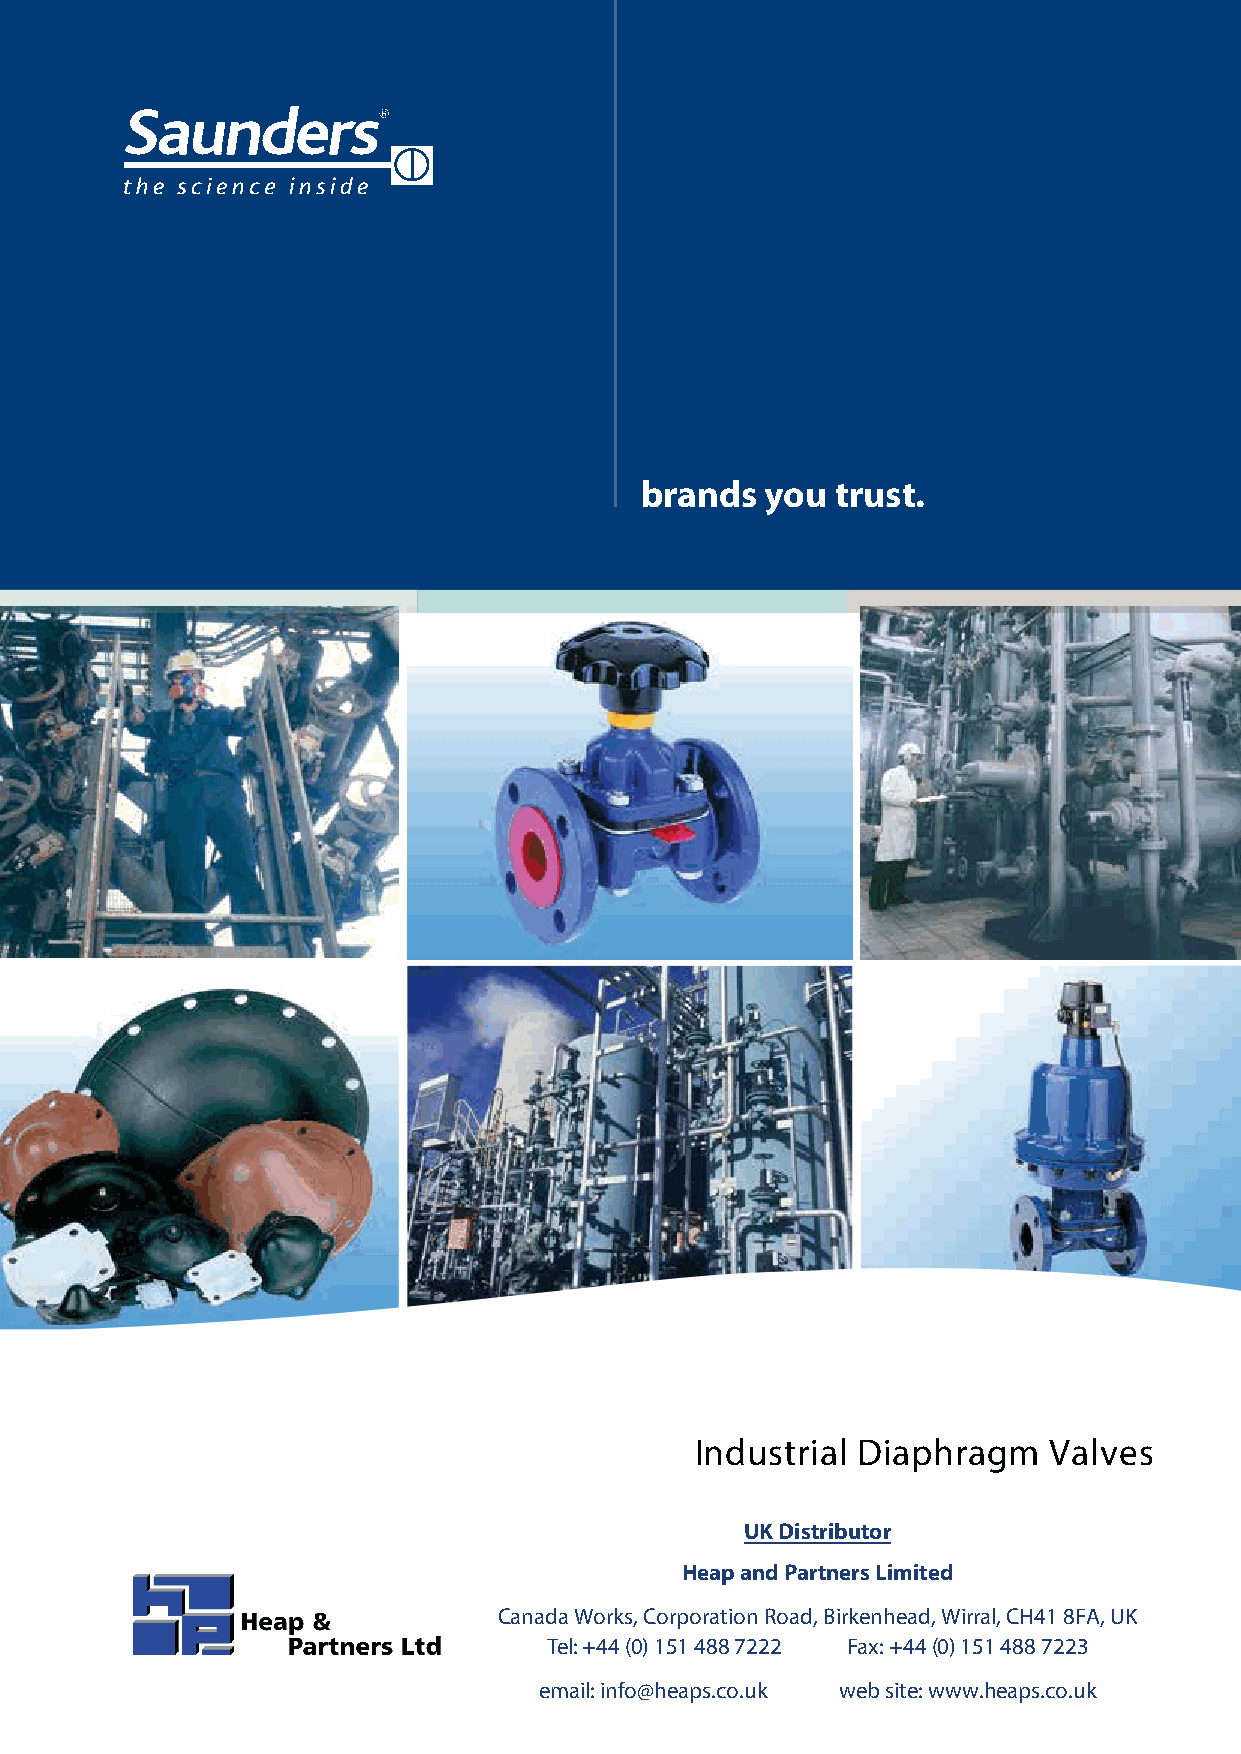
brands   you trust.
 Industrial Diaphragm   Valves
 UK Distributor
 Heap and Partners Limited
 Canada Works, Corporation Road, Birkenhead, Wirral, CH41 8FA, UK
 Tel: +44 (0) 151 488 7222 Fax: +44 (0) 151 488 7223
 email: info@heaps.co.uk web site: www.heaps.co.uk